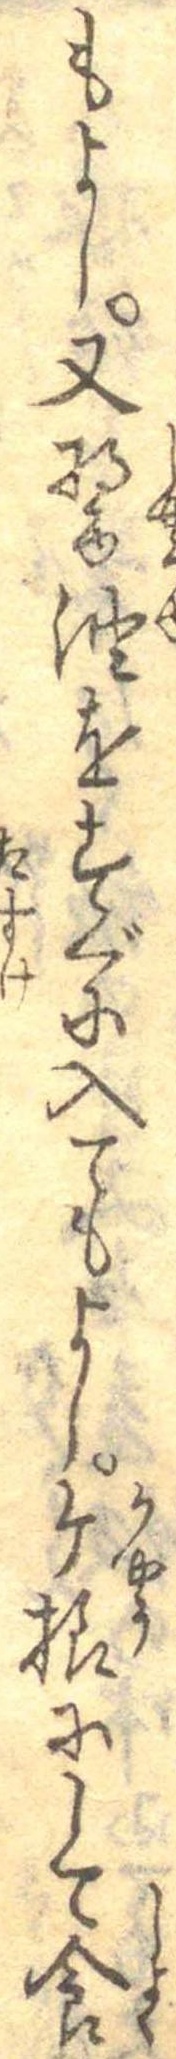
もよし又醤油をすぐに入てもよしケ様にして食